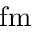
\mathrm { f m }